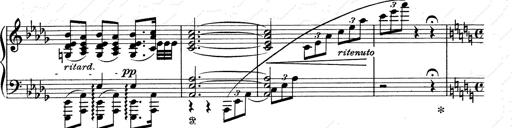
Title: Walhall aus Der Ring des Nibelungen
Composer: Franz Liszt